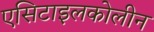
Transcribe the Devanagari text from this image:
एसिटाइलकोलीन